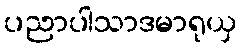
ပညာပါသာဒမာရုယှ